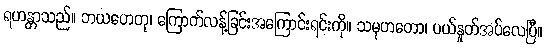
ရဟန္တာသည်။ ဘယဟေတု၊ ကြောက်လန့်ခြင်းအကြောင်းရင်းကို။ သမုဟတော၊ ပယ်နှုတ်အပ်လေပြီ။